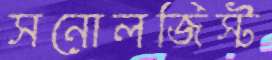
সনোলজিস্ট